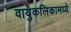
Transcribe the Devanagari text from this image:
वायुकलिकामध्ये